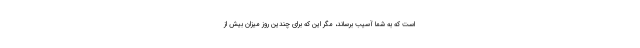
است که به شما آسیب برساند، مگر این که برای چندین روز میزان بیش از